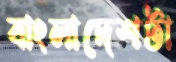
বাংলাদেশটা